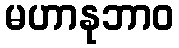
မဟာနုဘာဝ